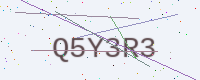
Text: Q5Y3R3